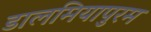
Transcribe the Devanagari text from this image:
डालमियापुरम